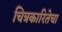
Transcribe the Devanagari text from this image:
चित्रकारितेचा